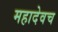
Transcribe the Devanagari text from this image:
महादेवच